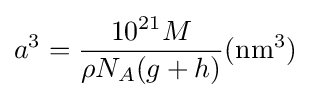
a^{3}={\frac {10^{21}M}{\rho N_{A}(g+h)}}(\mathrm {nm^{3}} )